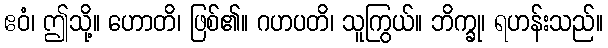
ဧဝံ၊ ဤသို့။ ဟောတိ၊ ဖြစ်၏။ ဂဟပတိ၊ သူကြွယ်။ ဘိက္ခု၊ ရဟန်းသည်။